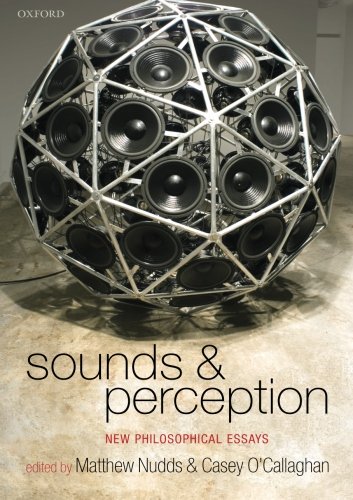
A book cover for Sounds and Perception: New Philosophical Essays; Politics & Social Sciences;